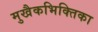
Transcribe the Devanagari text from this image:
मुखैकभिक्तिका